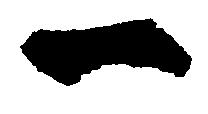
一